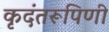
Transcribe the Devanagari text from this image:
कृदंतरूपिणी